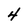
Character: 4